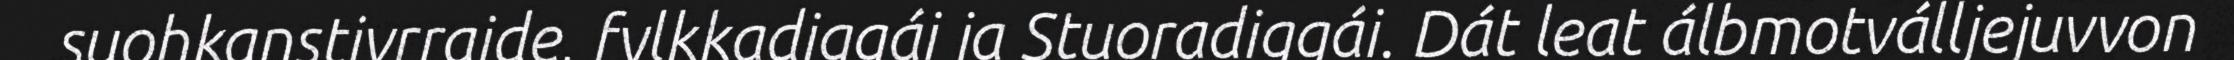
suohkanstivrraide, fylkkadiggái ja Stuoradiggái. Dát leat álbmotválljejuvvon